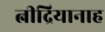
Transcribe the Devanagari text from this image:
त्नीद्रियानाह